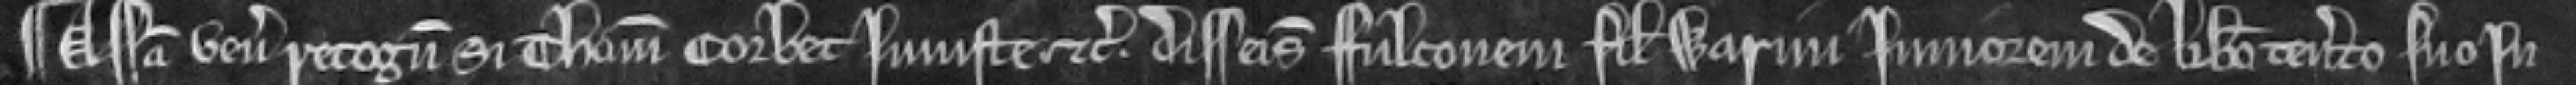
¶ Assisa venit recognitura si Thomas Corbet injuste etc. disseisivit Fulconem filium Warini juniorem de libero tenemento suo in